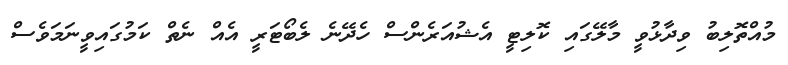
މުއްތޮލިބު ވިދާޅުވީ މާލޭގައި ކޮލިޓީ އެޝުއަރެންސް ހެދޭނެ ލެބޯޓަރީ އެއް ނެތް ކަމުގައިވީނަމަވެސް